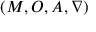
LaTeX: ( M , O , A , \nabla )